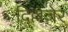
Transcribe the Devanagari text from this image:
दिल्लेंजेर